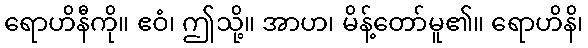
ရောဟိနီကို။ ဧဝံ၊ ဤသို့။ အာဟ၊ မိန့်တော်မူ၏။ ရောဟိနိ၊